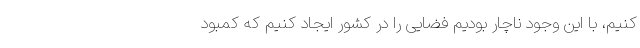
کنیم، با این وجود ناچار بودیم فضایی را در کشور ایجاد کنیم که کمبود